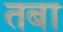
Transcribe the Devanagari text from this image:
तबा